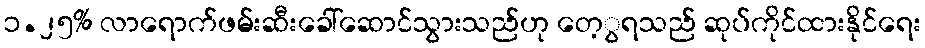
၁.၂၅% လာရောက်ဖမ်းဆီးခေါ်ဆောင်သွားသည်ဟု တေ့ွရသည် ဆုပ်ကိုင်ထားနိုင်ရေး